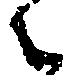
々